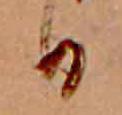
日